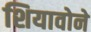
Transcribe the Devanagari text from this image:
शियावोने